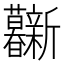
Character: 𰕦